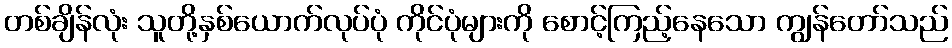
တစ်ချိန်လုံး သူတို့နှစ်ယောက်လုပ်ပုံ ကိုင်ပုံများကို စောင့်ကြည့်နေသော ကျွန်တော်သည်